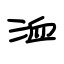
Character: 洫